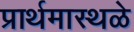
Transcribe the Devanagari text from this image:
प्रार्थमास्थळे